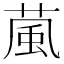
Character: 葻